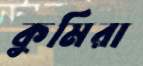
কুমিরা